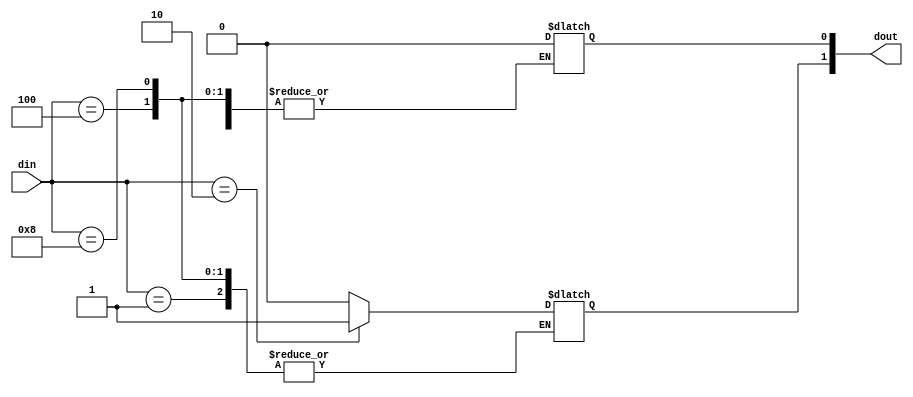
module encoder42(din,dout);
    input [3:0]din;
    output [1:0]dout;
     reg [1:0]dout;
always @ (din)
case (din)
    1 : dout[0] = 0; 
    2 : dout[1] = 1; 
    4 : dout[2] = 2; 
    8 : dout[3] = 3; 
    default : dout = 2'b00;
endcase
endmodule